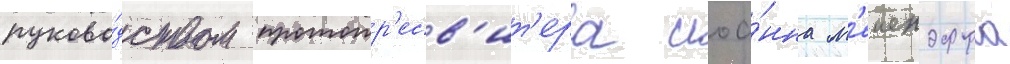
руково́дством протопр'есв'ит'ера иоа́нна м'еиендорфа